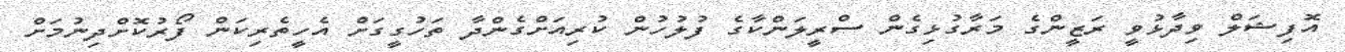
އޮފިޝަލް ވިދާޅުވީ ރަޒީންގެ މަރާގުޅިގެން ސްރީލަންކާގެ ފުލުހުން ކުރިއަށްގެންދާ ތަހުގީގަށް އެހީތެރިކަން ފޯރުކޮށްދިނުމަށް